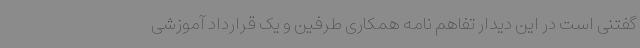
گفتنی است در این دیدار تفاهم نامه همکاری‌ طرفین و یک قرارداد آموزشی